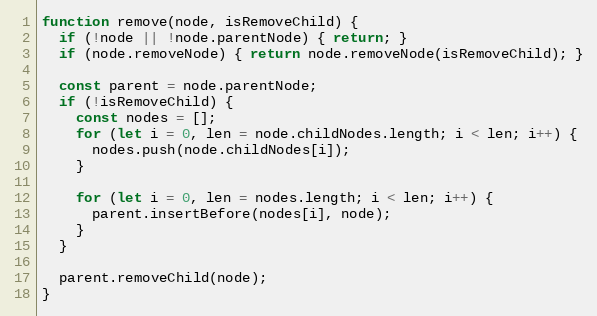
Language: JavaScript
function remove(node, isRemoveChild) {
  if (!node || !node.parentNode) { return; }
  if (node.removeNode) { return node.removeNode(isRemoveChild); }

  const parent = node.parentNode;
  if (!isRemoveChild) {
    const nodes = [];
    for (let i = 0, len = node.childNodes.length; i < len; i++) {
      nodes.push(node.childNodes[i]);
    }

    for (let i = 0, len = nodes.length; i < len; i++) {
      parent.insertBefore(nodes[i], node);
    }
  }

  parent.removeChild(node);
}